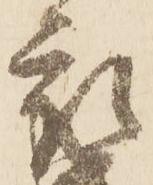
被